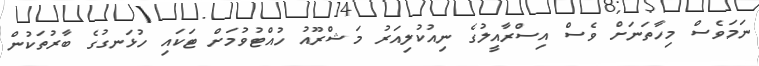
ނަމަވެސް މިހާތަނަށް ވެސް އިސްރާއީލުގެ ނިއުކުލިއަރު މަޝްރޫއު ހުއްޓުވުމަށް ޓަކައި ހުޅަނގުގެ ބާރުތަކުން